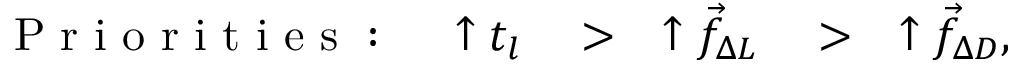
\mathrm { ~ P ~ r ~ i ~ o ~ r ~ i ~ t ~ i ~ e ~ s ~ : ~ } \quad \uparrow t _ { l } \quad > \quad \uparrow \vec { f } _ { \Delta L } \quad > \quad \uparrow \vec { f } _ { \Delta D } ,